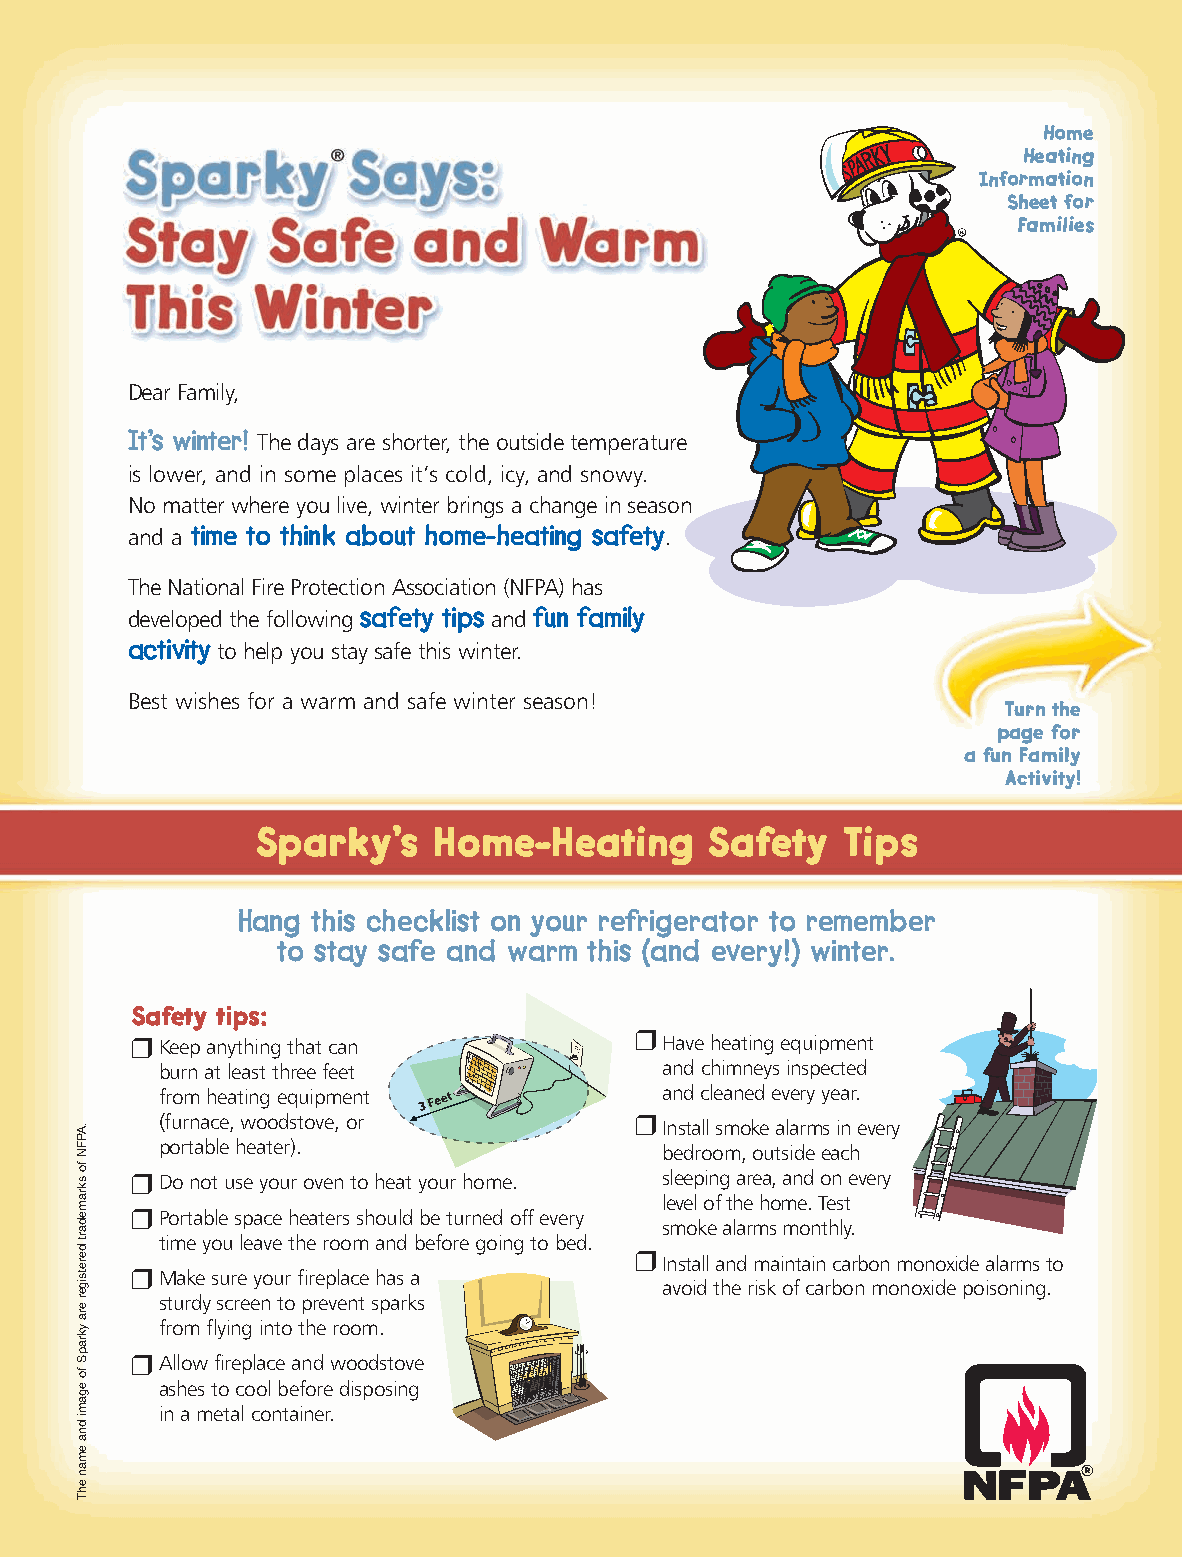
Home
 Heating
 Information
 Sheet for
 Families
 Dear Family,
 It’s winter!
 The days are shorter, the outside temperature
 is lower, and in some places it’s cold, icy, and snowy.
 No matter where you live, winter brings a change in season
 time to think about home-heating safety
 and a                               .
 The National Fire Protection Association (NFPA) has
 safety tips fun family
 developed the following and
 activity
 to help you stay safe this winter.
 Best wishes for a warm and safe winter season!            Turn the
 page for
 a fun Family
 Activity!
 Sparky’s    Home-Heating      Safety   Tips
 Hang this checklist on your refrigerator to remember
 to stay safe and warm this (and every!) winter.
 Safety tips:
 r
 r Keep anything that can           Have heating equipment
 burn at least three feet          and chimneys inspected
 from heating equipment            and cleaned every year.
 (furnace, woodstove, or         r
 Install smoke alarms in every
 portable heater).
 bedroom, outside each
 r Do not use your oven to heat your home. sleeping area, and on every
 r                                  level of the home. Test
 Portable space heaters should be turned off every
 smoke alarms monthly.
 time you leave the room and before going to bed.
 r
 r                                  Install and maintain carbon monoxide alarms to
 Make sure your fireplace has a
 avoid the risk of carbon monoxide poisoning.
 sturdy screen to prevent sparks
 from flying into the room.
 r
 Allow fireplace and woodstove
 ashes to cool before disposing
 in a metal container.
 .APFNfoskramedartderetsigereraykrapSfoegamidnaemanehT